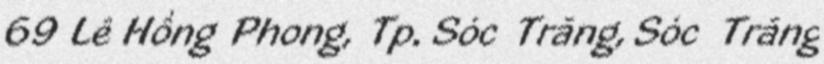
69 Lê Hồng Phong, Tp. Sóc Trăng, Sóc Trăng